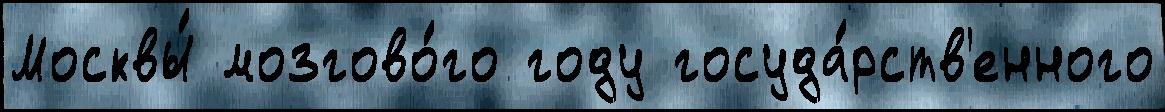
Москвы́ мозгово́го году госуда́рств'енного